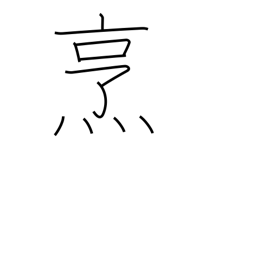
Meaning: boil